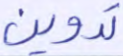
تدوين